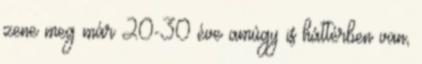
zene meg már 20-30 éve amúgy is háttérben van,